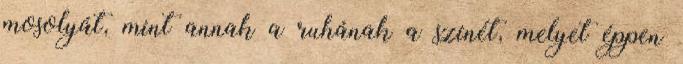
mosolyát, mint annak a ruhának a színét, melyet éppen